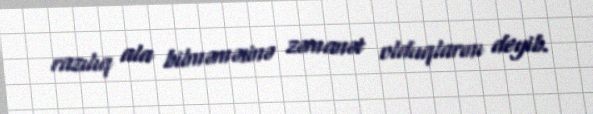
razılıq ala bilməməsinə zəmanət olduqlarını deyib.